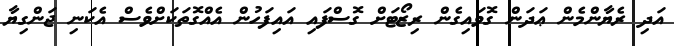
އަދި ރެޔާންމެން ޢަދަން ގޮވައިގެން ރިޒޯޓަށް ގޮސްފައި އައިފަހުން އެއްގޮތަކަށްވެސް އެކަނި ޖަންގިޔާ